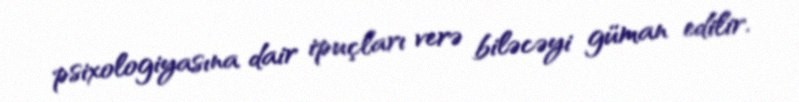
psixologiyasına dair ipuçları verə biləcəyi güman edilir.